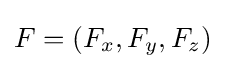
F=(F_{x},F_{y},F_{z})